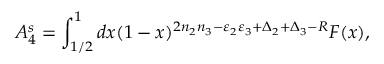
A _ { 4 } ^ { s } = \int _ { 1 / 2 } ^ { 1 } d x ( 1 - x ) ^ { 2 n _ { 2 } n _ { 3 } - \varepsilon _ { 2 } \varepsilon _ { 3 } + \Delta _ { 2 } + \Delta _ { 3 } - R } F ( x ) ,